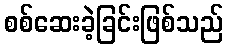
စစ်ဆေးခဲ့ခြင်းဖြစ်သည်